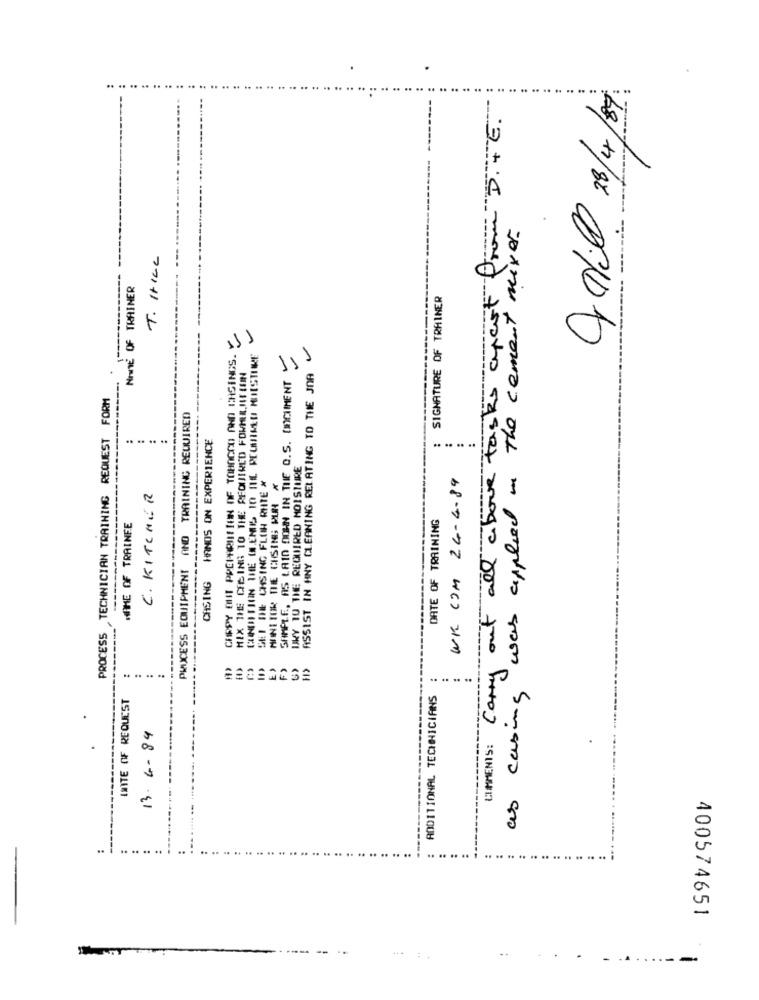
apart from D.TE.
Cetill 28/4/89.
as casing was applied in the cement mixes.
T. HHILL
apart
NonE OF TRAINER
SIGNATURE OF TRAINER
CHIRPY OUT PREPARITION OF TOHOCOO AND CHSINGS. Y
111
11
MIX THE CEBING 10 THE REQUIRED FORHER.IITION
SAMPLE, AS LAID DOWN IN THE O.S. DINCIMENT
ASSIST IN HNY CLEANING RELATING TO THE JOA
PROCESS TECHNICIAN TRAINING REQUEST FORM
PROCESS EQUIPMENT AND TRAINING REQUIRED
CIMENTS: Carry out all above tas
HANDS ON EXPERIENCE
.. .. ..
DRY TO THE REQUIRED MOISTURE
SEI INE CHSING FLOH RITE #
WK COM 24-4-89
MONITOR DE CHSING; PUR *
C. KITCHER
DATE OF TRAINING
WAHE OF TRAINEE
CASING
F )
H>
......
INTE OF REQUEST
ADDITIONAL TECHNICIANS
13.6.84
.
..
400574651
-